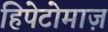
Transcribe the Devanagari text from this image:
हिपेटोमाज़